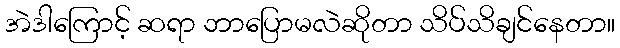
အဲဒါကြောင့် ဆရာ ဘာပြောမလဲဆိုတာ သိပ်သိချင်နေတာ။